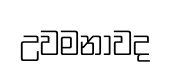
උවමනාවද